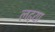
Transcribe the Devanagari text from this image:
लढ्या